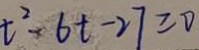
t ^ { 2 } - 6 t - 2 7 \geq 0